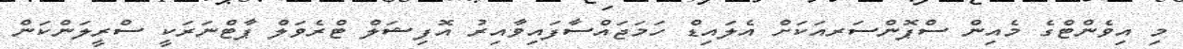
މި އިވެންޓްގެ މެއިން ސްޕޮންސަރއަކަށް އެލައިޑް ހަމަޖައްސާފައިވާއިރު އޮފިޝަލް ޓްރެވަލް ޕާޓްނަރަކީ ސްރީލަންކަން